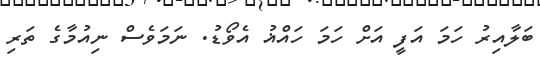
ބަލާއިރު ހަމަ އަފީ އަށް ހަމަ ހައްޣު އެވޯޑު. ނަމަވެސް ނިއުމާގެ ތަރި